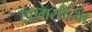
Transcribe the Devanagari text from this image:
एएमसीच्या